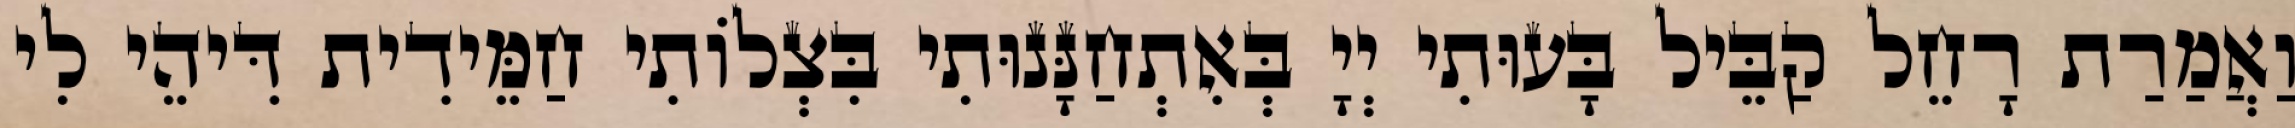
וַאֲמַרַת רָחֵל קַבֵּיל בָּעוּתִי יְיָ בְּאִתְחַנָּנוּתִי בִּצְלוֹתִי חַמֵּידִית דִּיהֵי לִי